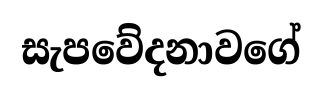
සැපවේදනාවගේ